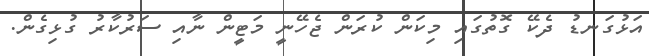
އަޅުގަނޑު ދެކޭ ގޮތުގައި މިކަން ކުރަން ޖެހޭނީ މަޓީން ނާއި ސަރުކާރު ގުޅިގެން.